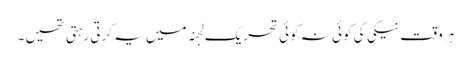
ہر وقت نیکی کی کوئی نہ کوئی تحریک لجنہ میں یہ کرتی رہتی تھیں ۔